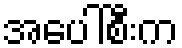
အပေါ်စီးက